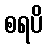
စရပိ